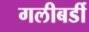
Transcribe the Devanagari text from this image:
गलीबर्डी